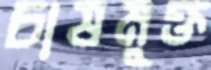
চাষমুক্ত